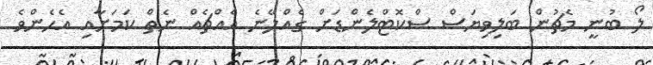
ލޯ ބުނީ މެޗުން ބަލިވިޔަސް ސްކޮޓްލެންޑަށް ގެއްލޭނެ އެއްޗެއް ނެތް ކަމަށާއި އެހެންވެ